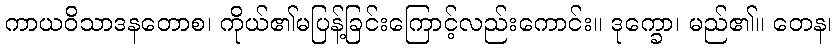
ကာယဝိသာဒနတောစ၊ ကိုယ်၏မပြန့်ခြင်းကြောင့်လည်းကောင်း။ ဒုက္ခော၊ မည်၏။ တေန၊